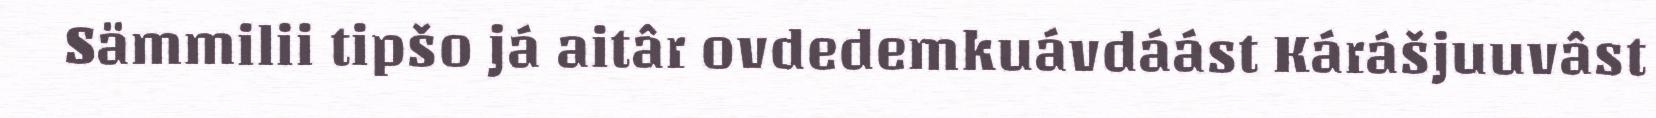
Sämmilii tipšo já aitâr ovdedemkuávdáást Kárášjuuvâst